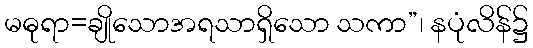
မဓုရာ=ချိုသောအရသာရှိသော သကာ”၊ နပုံလိန်၌